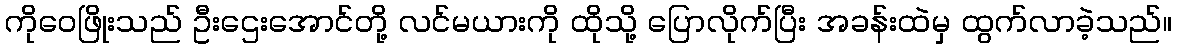
ကိုဝေဖြိုးသည် ဦးဌေးအောင်တို့ လင်မယားကို ထိုသို့ ပြောလိုက်ပြီး အခန်းထဲမှ ထွက်လာခဲ့သည်။